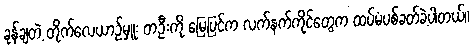
ခုန်ချတဲ့ တိုက်လေယာဉ်မှူး တဦးကို မြေပြင်က လက်နက်ကိုင်တွေက ထပ်မံပစ်ခတ်ခဲ့ပါတယ်။